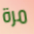
مرة